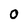
Character: 0